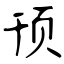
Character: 顸